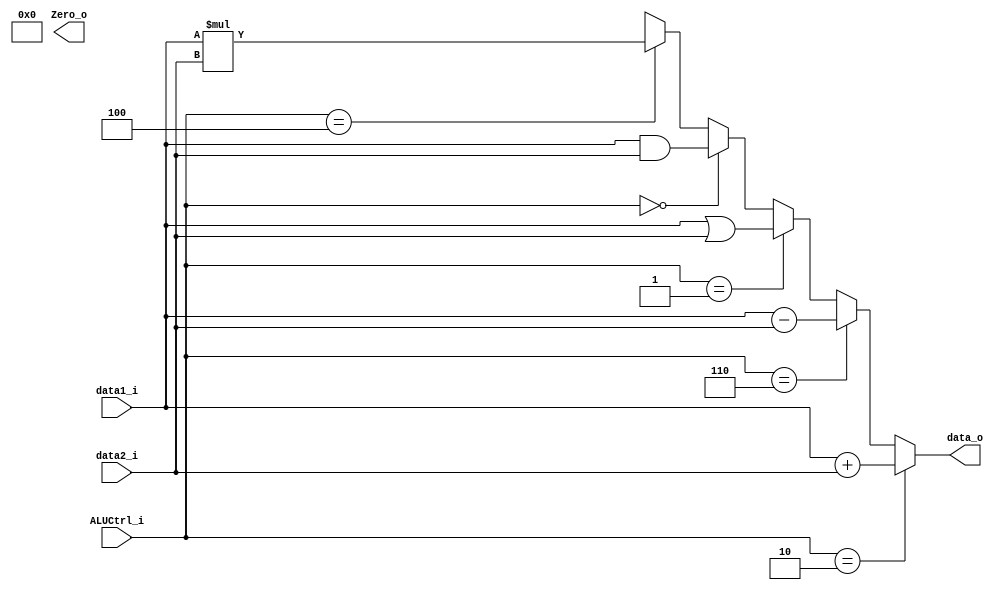
module ALU
(
	data1_i,
	data2_i,
	ALUCtrl_i,
	data_o,
	Zero_o
);

input	[31:0]		data1_i;
input	[31:0]		data2_i;
output	[31:0]		data_o;
input 	[2:0]		ALUCtrl_i;
output				Zero_o;

assign	data_o		=	(ALUCtrl_i == 3'b010) ? data1_i + data2_i :
						(ALUCtrl_i == 3'b110) ? data1_i - data2_i :
						(ALUCtrl_i == 3'b001) ? data1_i | data2_i :
						(ALUCtrl_i == 3'b000) ? data1_i & data2_i :
						(ALUCtrl_i == 3'b100) ? data1_i * data2_i :
						3'bx;

/*
always@(ALUCtrl_i) begin
	case(ALUCtrl_i)
		3'b010:	temp <= data1_i + data2_i;
		3'b110:	temp <= data1_i - data2_i;
		3'b001: temp <= data1_i | data2_i;
		3'b000:	temp <= data1_i & data2_i;
	endcase
end
*/
endmodule